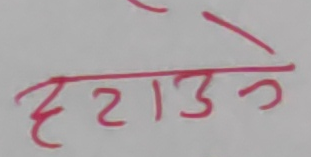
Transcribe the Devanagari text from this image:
हटाउने